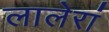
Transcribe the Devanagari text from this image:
लालेरां